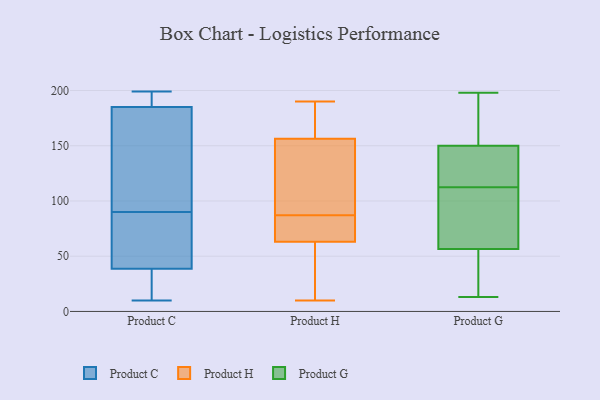
{"axis": {"x": "Inventory Turnover", "y": "Value"}, "legend": ["Product C", "Product G", "Product H"], "data": [{"x": "", "y": 188, "type": "Product C"}, {"x": "", "y": 81, "type": "Product C"}, {"x": "", "y": 14, "type": "Product C"}, {"x": "", "y": 33, "type": "Product C"}, {"x": "", "y": 76, "type": "Product C"}, {"x": "", "y": 160, "type": "Product C"}, {"x": "", "y": 110, "type": "Product C"}, {"x": "", "y": 90, "type": "Product C"}, {"x": "", "y": 199, "type": "Product C"}, {"x": "", "y": 56, "type": "Product C"}, {"x": "", "y": 176, "type": "Product C"}, {"x": "", "y": 195, "type": "Product C"}, {"x": "", "y": 194, "type": "Product C"}, {"x": "", "y": 21, "type": "Product C"}, {"x": "", "y": 10, "type": "Product C"}, {"x": "", "y": 70, "type": "Product H"}, {"x": "", "y": 71, "type": "Product H"}, {"x": "", "y": 74, "type": "Product H"}, {"x": "", "y": 182, "type": "Product H"}, {"x": "", "y": 161, "type": "Product H"}, {"x": "", "y": 10, "type": "Product H"}, {"x": "", "y": 175, "type": "Product H"}, {"x": "", "y": 31, "type": "Product H"}, {"x": "", "y": 190, "type": "Product H"}, {"x": "", "y": 12, "type": "Product H"}, {"x": "", "y": 142, "type": "Product H"}, {"x": "", "y": 66, "type": "Product H"}, {"x": "", "y": 126, "type": "Product H"}, {"x": "", "y": 87, "type": "Product H"}, {"x": "", "y": 27, "type": "Product H"}, {"x": "", "y": 98, "type": "Product H"}, {"x": "", "y": 100, "type": "Product H"}, {"x": "", "y": 62, "type": "Product H"}, {"x": "", "y": 161, "type": "Product H"}, {"x": "", "y": 148, "type": "Product G"}, {"x": "", "y": 182, "type": "Product G"}, {"x": "", "y": 44, "type": "Product G"}, {"x": "", "y": 92, "type": "Product G"}, {"x": "", "y": 25, "type": "Product G"}, {"x": "", "y": 77, "type": "Product G"}, {"x": "", "y": 38, "type": "Product G"}, {"x": "", "y": 133, "type": "Product G"}, {"x": "", "y": 69, "type": "Product G"}, {"x": "", "y": 145, "type": "Product G"}, {"x": "", "y": 80, "type": "Product G"}, {"x": "", "y": 152, "type": "Product G"}, {"x": "", "y": 142, "type": "Product G"}, {"x": "", "y": 13, "type": "Product G"}, {"x": "", "y": 198, "type": "Product G"}, {"x": "", "y": 191, "type": "Product G"}]}